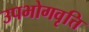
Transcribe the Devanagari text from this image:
उपभोगवृत्ति